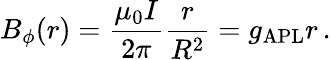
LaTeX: B_{\phi}(r)=\frac{\mu_{0}I}{2\pi}\frac{r}{R^{2}}=g_{\mathrm{APL}}r\, .